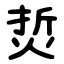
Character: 烲